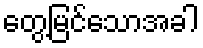
တွေ့မြင်သောအခါ